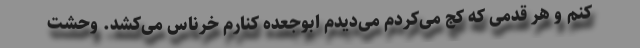
کنم و هر قدمی که کج می‌کردم می‌دیدم ابوجعده کنارم خرناس می‌کشد. وحشت